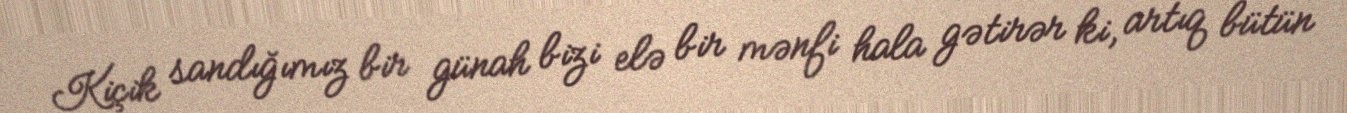
Kiçik sandığımız bir günah bizi elə bir mənfi hala gətirər ki, artıq bütün